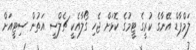
ލަމްޕާޑް އޭނާގެ ކުރީގެ ޓީމުގެ ކޮޅަށް ޖެހި ގޯލާއެކީ ޗެލްސީ އަތުން ސިޓީއަށް